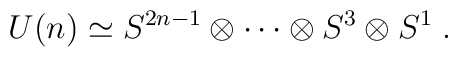
U(n) \simeq S^{2 n - 1} \otimes \cdots\otimes S^3 \otimes S^1 \; .